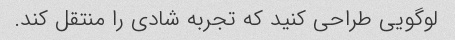
لوگویی طراحی کنید که تجربه شادی را منتقل کند.